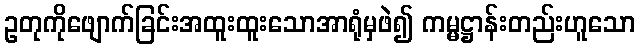
ဥတုကိုဖျောက်ခြင်းအထူးထူးသောအာရုံမှဖဲ၍ ကမ္မဋ္ဌာန်းတည်းဟူသော